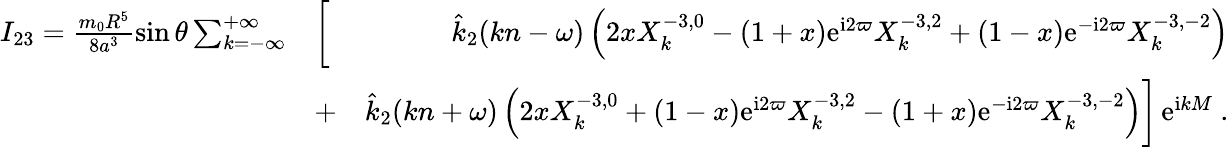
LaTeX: \begin{array}{rlr}{I_{23}=\frac{m_{0}R^{5}}{8a^{3}}\sin\theta\sum_{k=-\infty}^{+\infty}}&{\bigg[}&{\hat{k}_{2}(kn-\omega)\left(2xX_{k}^{-3,0}-(1+x)\mathrm{e}^{\mathrm{i}2\varpi}X_{k}^{-3,2}+(1-x)\mathrm{e}^{-\mathrm{i}2\varpi}X_{k}^{-3,-2}\right)}\\ &{+}&{\hat{k}_{2}(kn+\omega)\left(2xX_{k}^{-3,0}+(1-x)\mathrm{e}^{\mathrm{i}2\varpi}X_{k}^{-3,2}-(1+x)\mathrm{e}^{-\mathrm{i}2\varpi}X_{k}^{-3,-2}\right)\bigg]\, \mathrm{e}^{\mathrm{i}kM}\ .}\end{array}